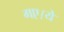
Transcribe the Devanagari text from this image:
गए।ये